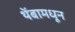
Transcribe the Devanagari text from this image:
थेंबामधून